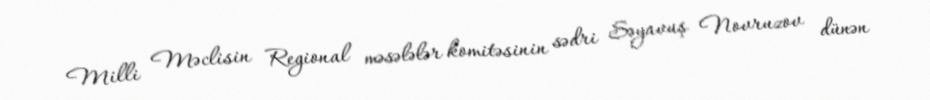
Milli Məclisin Regional məsələlər komitəsinin sədri Səyavuş Novruzov dünən